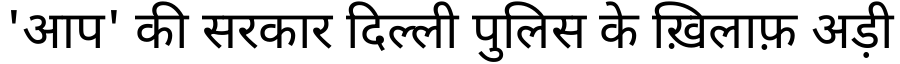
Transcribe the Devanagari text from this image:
'आप' की सरकार दिल्ली पुलिस के ख़िलाफ़ अड़ी